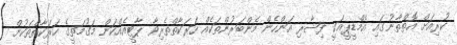
ކުރިއަށް އޮތްތާނުގައި އެމްޑީޕީއަކީ ފިޝާރި އަންހެން މެންބަރުންތަކެއް ހަރަކާތްތެރިވާ ޕާޓީއެއްކަން މަގުމަތީގެ ހަރަކާތްތަކުން